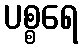
ပစ္စရေ